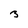
Character: 3